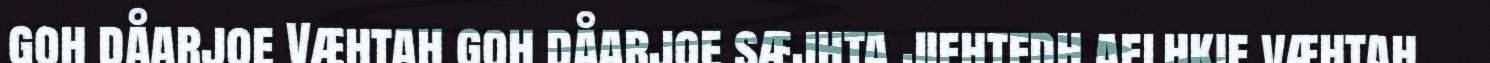
goh dåarjoe Væhtah goh dåarjoe sæjhta jiehtedh aelhkie væhtah